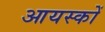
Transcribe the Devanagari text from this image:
आयस्कों